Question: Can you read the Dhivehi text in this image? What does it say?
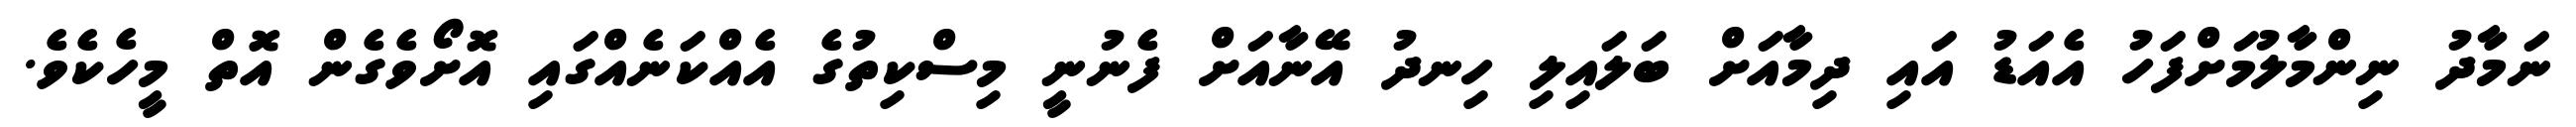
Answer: ނަމާދު ނިންމާލުމަށްފަހު އެއަޑު އައި ދިމާއަށް ބަލައިލި ހިނދު އޭނާއަށް ފެނުނީ މިސްކިތުގެ އެއްކަނެއްގައި އޮށޯވެގެން އޮތް މީހެކެވެ.